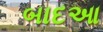
બાદઆ